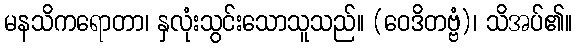
မနသိကရောတာ၊ နှလုံးသွင်းသောသူသည်။ (ဝေဒိတဗ္ဗံ)၊ သိအပ်၏။